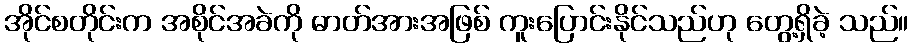
အိုင်စတိုင်းက အစိုင်အခဲကို ဓာတ်အားအဖြစ် ကူးပြောင်းနိုင်သည်ဟု တွေ့ရှိခဲ့ သည်။